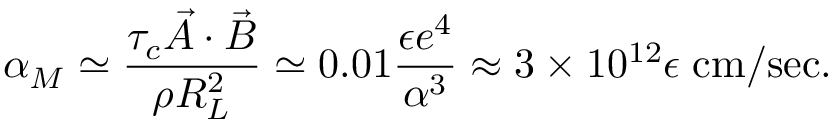
\alpha _ { M } \simeq \frac { \tau _ { c } \vec { A } \cdot \vec { B } } { \rho R _ { L } ^ { 2 } } \simeq 0 . 0 1 \frac { \epsilon e ^ { 4 } } { \alpha ^ { 3 } } \approx 3 \times 1 0 ^ { 1 2 } \epsilon \; \mathrm { c m / s e c } .